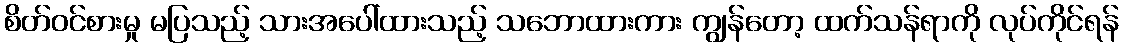
စိတ်ဝင်စားမှု မပြသည့် သားအပေါ်ထားသည့် သဘောထားကား ကျွန်တော့ ထက်သန်ရာကို လုပ်ကိုင်ရန်